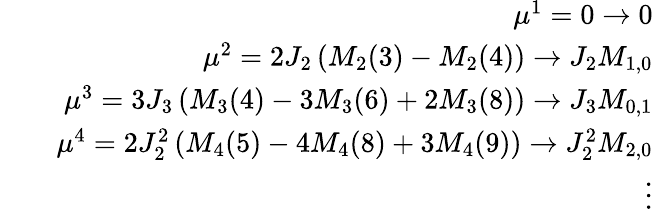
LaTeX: \begin{array}{rlr}&{}&{\mu^{1}=0\to 0}\\ &{}&{\mu^{2}=2J_{2}\left(M_{2}(3)-M_{2}(4)\right)\to J_{2}M_{1,0}}\\ &{}&{\mu^{3}=3J_{3}\left(M_{3}(4)-3M_{3}(6)+2M_{3}(8)\right)\to J_{3}M_{0,1}}\\ &{}&{\mu^{4}=2J_{2}^{2}\left(M_{4}(5)-4M_{4}(8)+3M_{4}(9)\right)\to J_{2}^{2}M_{2,0}}\\ &{}&{\quad\ \ \vdots}\end{array}